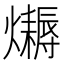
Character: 𤒛